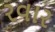
રવાર